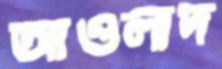
আওলাদ